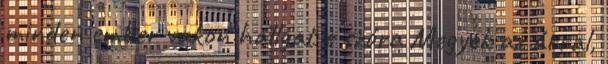
minden ember vakon hallgat e szóra Megyek az árral,